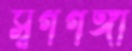
স্বর্গগঙ্গা